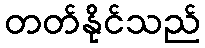
တတ်နိုင်သည်